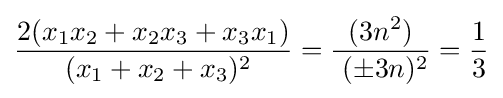
{\frac {2(x_{1}x_{2}+x_{2}x_{3}+x_{3}x_{1})}{~(x_{1}+x_{2}+x_{3})^{2}}}={\frac {(3n^{2})}{~(\pm 3n)^{2}}}={\frac {1}{3}}